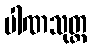
ပါဏသုတ္တ